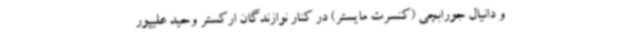
و دانیال جورابچی (کنسرت مایستر) در کنار نوازندگان ارکستر وحید علیپور